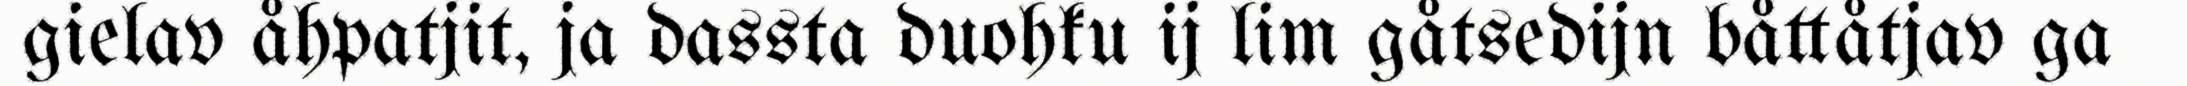
gielav åhpatjit, ja dassta duohku ij lim gåtsedijn båttåtjav ga